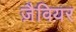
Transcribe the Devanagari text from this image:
ज़ैवियर